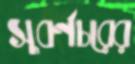
সুবর্ণচরের